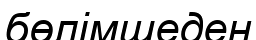
бөлімшеден